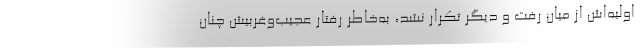
اولیه‌اش از میان رفت و دیگر تکرار نشد، به‌خاطر رفتار عجیب‌وغربیش چنان